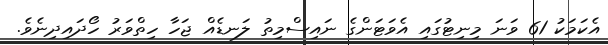
އެކަމަކު 61 ވަނަ މިނިޓުގައި އެވަޓަންގެ ނައިސްމިތު ލަނޑެއް ޖަހާ ހިތްވަރު ހޯދައިދިނެވެ.